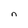
Character: n